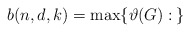
\begin{align*} b(n,d,k)=\max\{\vartheta(G):\: \}\end{align*}